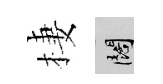
棲闊